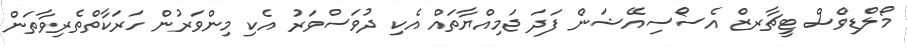
މޯލްޑިވްސް ޓީޗާރޒް އެސޯސިއޭޝަން ފަދަ ޖަމިއްޔާތައް އެކި ދުވަސްވަރު އެކި މިންވަރުން ހަރަކާތްތެރިވާތަން